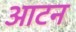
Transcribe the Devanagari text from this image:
आटन